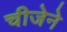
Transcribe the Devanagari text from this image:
चीजेने